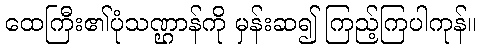
ထေကြီး၏ပုံသဏ္ဌာန်ကို မှန်းဆ၍ ကြည့်ကြပါကုန်။